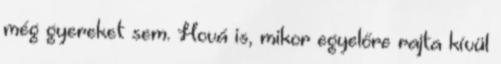
még gyereket sem. Hová is, mikor egyelőre rajta kívül